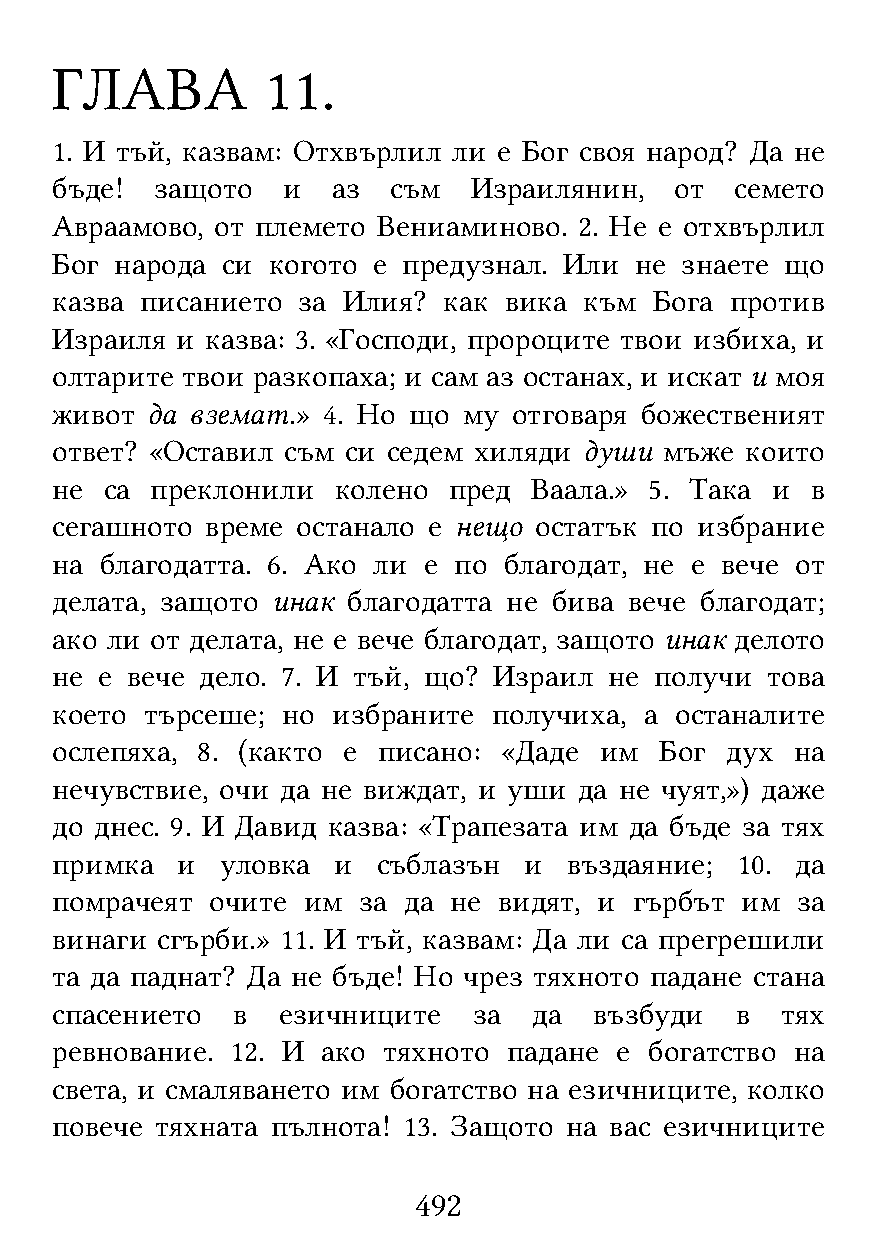
ГЛАВА          11.
 1. И тъй, казвам: Отхвърлил ли е Бог своя народ? Да не
 бъде!  защото   и  аз  съм  Израилянин,   от  семето
 Авраамово, от племето Вениаминово. 2. Не е отхвърлил
 Бог  народа си когото е предузнал. Или не знаете що
 казва писанието  за Илия? как вика  към Бога против
 Израиля  и казва: 3. «Господи, пророците твои избиха, и
 олтарите твои разкопаха; и сам аз останах, и искат и моя
 живот  да вземат.» 4. Но що му отговаря божественият
 ответ? «Оставил съм си седем хиляди души мъже които
 не  са преклонили  колено  пред Ваала.» 5. Така и  в
 сегашното  време останало е нещо остатък по избрание
 на  благодатта. 6. Ако ли е по благодат, не е вече от
 делата, защото инак благодатта не бива вече благодат;
 ако ли от делата, не е вече благодат, защото инак делото
 не е вече дело. 7. И тъй, що? Израил не получи  това
 което  търсеше; но избраните  получиха, а останалите
 ослепяха, 8. (както е писано: «Даде  им  Бог дух  на
 нечувствие, очи да не виждат, и уши да не чуят,») даже
 до днес. 9. И Давид казва: «Трапезата им да бъде за тях
 примка   и  уловка и  съблазън  и  въздаяние; 10. да
 помрачеят  очите им  за да не видят, и гърбът им  за
 винаги сгърби.» 11. И тъй, казвам: Да ли са прегрешили
 та да паднат? Да не бъде! Но чрез тяхното падане стана
 спасението  в  езичниците   за  да  възбуди   в  тях
 ревнование. 12. И ако тяхното  падане е богатство на
 света, и смаляването им богатство на езичниците, колко
 повече тяхната пълнота! 13. Защото на вас езичниците
 492